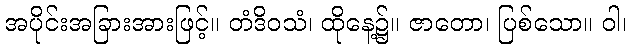
အပိုင်းအခြားအားဖြင့်။ တံဒိဝသံ၊ ထိုနေ့၌။ ဇာတော၊ ပြစ်သော။ ဝါ၊